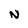
Character: N